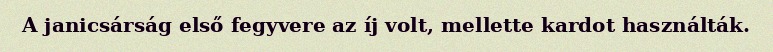
A janicsárság első fegyvere az íj volt, mellette kardot használták.